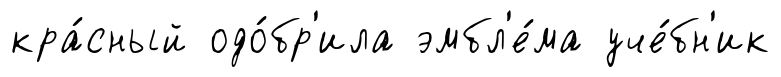
кра́сный одо́бр'ила эмбл'е́ма уче́бн'ик